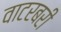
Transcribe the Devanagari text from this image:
वाटरबरी